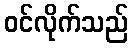
ဝင်လိုက်သည်